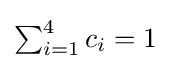
{\textstyle \sum _{i=1}^{4}c_{i}=1}